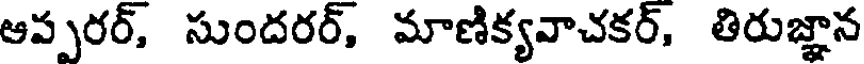
ఆప్పరర్, సుందరర్, మాణిక్యవాచకర్, తిరుజ్ఞాన